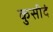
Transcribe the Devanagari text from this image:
कुसीदं